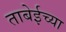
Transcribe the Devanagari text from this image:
ताबेईच्या